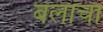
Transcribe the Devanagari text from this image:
बलांचा